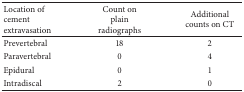
<table><thead><tr><td><b>Location of cement extravasation</b></td><td><b>Count on plain radiographs</b></td><td><b>Additional counts on CT</b></td></tr></thead><tbody><tr><td>Prevertebral</td><td>18</td><td>2</td></tr><tr><td>Paravertebral</td><td>0</td><td>4</td></tr><tr><td>Epidural</td><td>0</td><td>1</td></tr><tr><td>Intradiscal</td><td>2</td><td>0</td></tr></tbody></table>